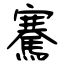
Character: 騫